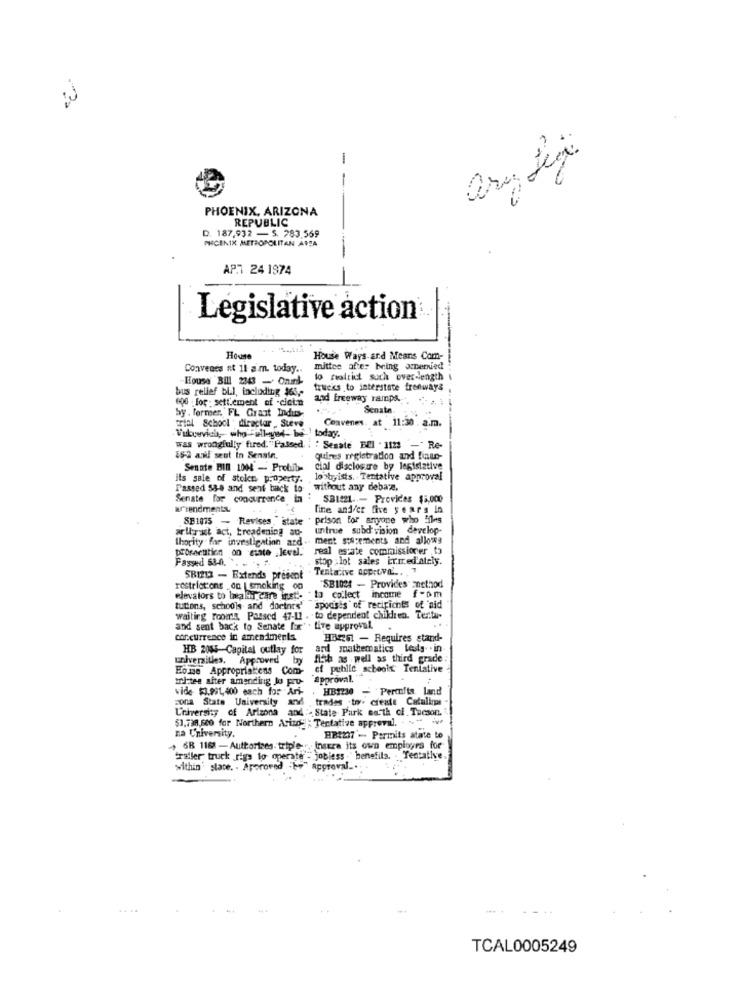
-
-
PHOENIX, ARIZONA
REPUBLIC
D. 187,932 - S. 283.569
PRICENIX METROPOLITAN AREA
APT 24 1974
-
Legislative action
House Ways and Means Com-
Convenes at 11 a m. today.
mittee after being aneried
House Bill 2343 - Onek-
lo moltict such over-length
bus relief bl.l, including $65 ,-
trucks to interstate freeways
and freeway ramps.
600 . for . sett.ement of -cloth
Senate
by . former. FL Grant Indus-
Convenes, at 11:30 . a.m.
trial School : director _ Steve
Vukywvich, who "elleyet- be ! today.
was wrongfully fired."Passed, i : Senate BEI - 1121 -Re-
15-2 anil sent in Sensie.
quines registration and finn-
Senate BIN 1004 - Prohib
cial disclosure by legislative
its sale of stolt property.
lobbyists. - Tentative approval
Passed 58-8 and sent back to
without any debarz.
Senate for concurrence in ' SB1221 .- Provides $5,oco
arendmentu
fine and/cr five years in
SE1075 - Revises ,"state . prison for anyone who Files
SE1075 - Revises, state
arli-ract act, breadening au-
untrue subd vision develop-
thority for investigation and . ment statements and allows
prosecution on ciate ,level."
real estate commissioner .to
Passed 63.0 .. .
stop ; lot sales itired'ately.
Tentative approval .. . "
SR1213 - Extends present
restrictions on |smoking oa
"SB1024 - Provides method
elevators to treally care inst. to collect income f-om
tutions, schools and dortnrs'
spodis's of recipichts of aid
waiting rooms, Passed 47-11
to dependent children. Ter.tu-
and sent back to Senate for' . live approval. .
concurrence in amendments
HBRE - Requires stand-
HB 2044-Capital outlay for
ard mathematics testy. . in
universities. Approved by
fish as well as third grade
House Appropriakens Com- of public schools Tentative
cf public schools Tentative
whitee after amending Jo pro- approval.
wide- $3.991, 400 each for Ari-
HB1230 - Permits land
zona State University and trades to. create Catalina
University of Arizona a
4: State Park earth ci. Tucson.
$1,730,600 for Northern Aring" : Tentative approval.
na University.
FIB1237' ... Permits atate to
SR 1162 - Authorizes triple, Insera its own employes for
Craller truck riga to operate-
jobless . benefila. . Tentative
within' state. . Approved
approval_
...
TCAL0005249